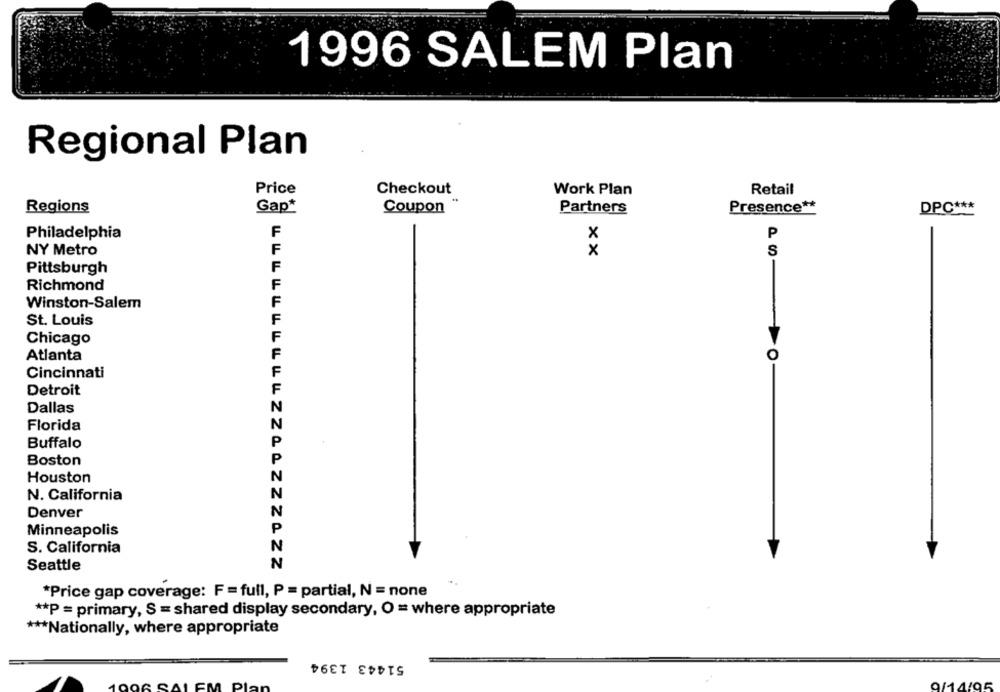
1996 SALEM Plan
Regional Plan
Price
Checkout
Work Plan
Retail
Presence **
DPC ***
Regions
Gap*
Coupon
Partners
Philadelphia
F
x
P
NY Metro
x
S
Pittsburgh
Richmond
Winston-Salem
F
St. Louis
F
F
Chicago
Atlanta
O
Cincinnati
Detroit
Dallas
Florida
Buffalo
Boston
Houston
N. California
N
Denver
N
Minneapolis
S. California
Seattle
*Price gap coverage: F = full, P = partial, N = none
** P = primary, S = shared display secondary, O = where appropriate
*** Nationally, where appropriate
51443 1394
D
9/14/95